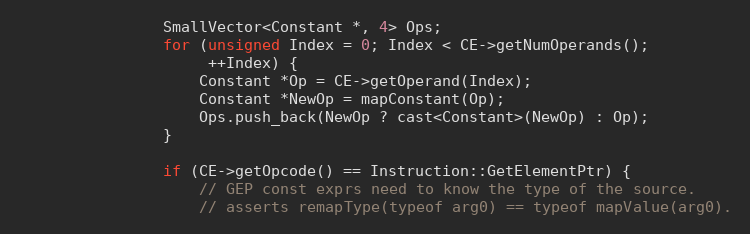
Language: C++
                SmallVector<Constant *, 4> Ops;
                for (unsigned Index = 0; Index < CE->getNumOperands();
                     ++Index) {
                    Constant *Op = CE->getOperand(Index);
                    Constant *NewOp = mapConstant(Op);
                    Ops.push_back(NewOp ? cast<Constant>(NewOp) : Op);
                }

                if (CE->getOpcode() == Instruction::GetElementPtr) {
                    // GEP const exprs need to know the type of the source.
                    // asserts remapType(typeof arg0) == typeof mapValue(arg0).